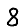
Digit: 8